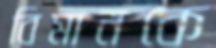
বিমানকে